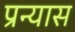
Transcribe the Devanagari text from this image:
प्रन्‍यास